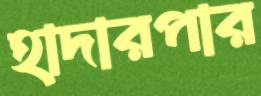
হাদারপার